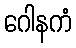
ဂေါနကံ